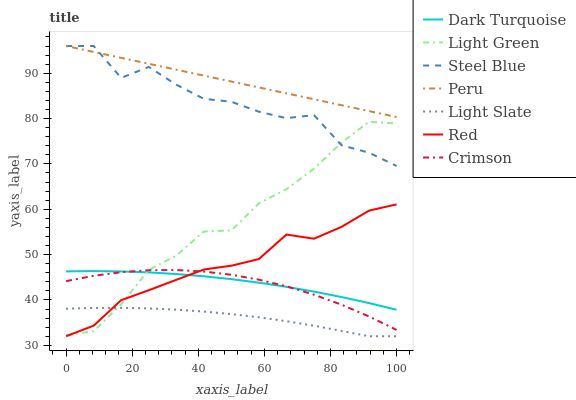
| xaxis_label | Dark Turquoise | Light Green | Steel Blue | Peru | Light Slate | Red | Crimson |
 | --- | --- | --- | --- | --- | --- | --- | --- |
 | 0 | 46.3 | 32.3 | 96 | 96 | 38.1 | 32 | 44.2 |
 | 8.33 | 46.4 | 33.1 | 96 | 94.7 | 38.2 | 34.3 | 45.3 |
 | 16.7 | 46.3 | 39.1 | 89 | 93.4 | 38.3 | 40 | 46.1 |
 | 25 | 46.1 | 46.6 | 91.4 | 92.1 | 38.1 | 42.1 | 46.6 |
 | 33.3 | 45.7 | 49.8 | 87.5 | 90.8 | 37.9 | 44.4 | 46.6 |
 | 41.7 | 45.2 | 55.1 | 84.4 | 89.5 | 37.4 | 46.7 | 46.3 |
 | 50 | 44.6 | 55.3 | 83.7 | 88.2 | 36.9 | 47.6 | 45.6 |
 | 58.3 | 43.8 | 61.3 | 81.5 | 86.9 | 36.2 | 49 | 44.5 |
 | 66.7 | 42.9 | 64.4 | 80.1 | 85.6 | 35.3 | 54.4 | 43 |
 | 75 | 41.8 | 69 | 80.8 | 84.3 | 34.3 | 53.5 | 41.2 |
 | 83.3 | 40.6 | 74.7 | 74.1 | 83 | 33.2 | 56.1 | 39 |
 | 91.7 | 39.3 | 79.3 | 72.5 | 81.6 | 32 | 59.7 | 36.4 |
 | 100 | 37.8 | 78.9 | 69.5 | 80.3 | 32 | 61.1 | 33.4 |